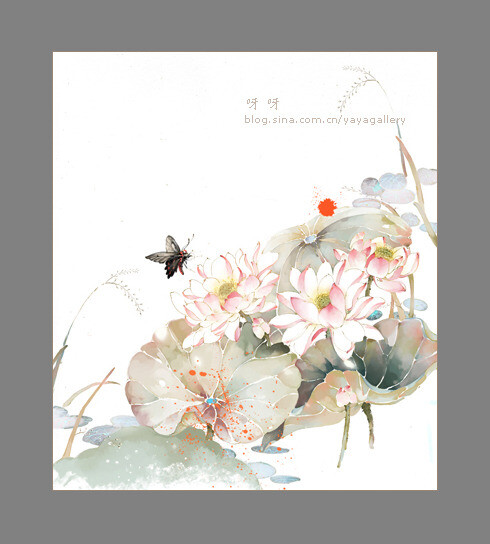
楝花飘砌。蔌蔌清香细。